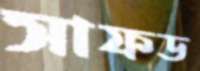
সাফড